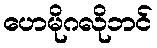
ဟေမိုဂလိုဘင်